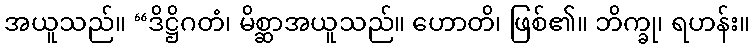
အယူသည်။ “ဒိဋ္ဌိဂတံ၊ မိစ္ဆာအယူသည်။ ဟောတိ၊ ဖြစ်၏။ ဘိက္ခု၊ ရဟန်း။